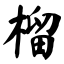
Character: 榴